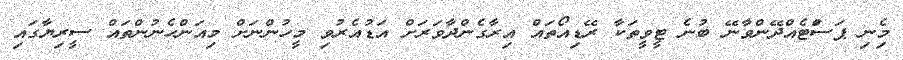
މިެނި ޕަސަްޓެއްދޭންވާނޭ ބުނެ ޓީވީތަކާ ރޭޑިއޯތައް އިރާގެންދާވަރަށް އަޑުއެރުވި މީހުންނަށް މިއަންހެނުންތައް ސީރިޔާގައި